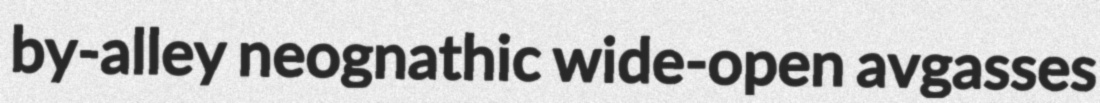
by-alley neognathic wide-open avgasses